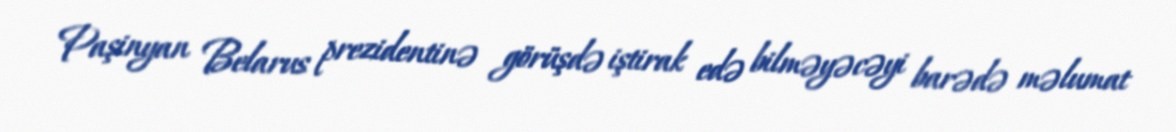
Paşinyan Belarus prezidentinə görüşdə iştirak edə bilməyəcəyi barədə məlumat